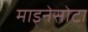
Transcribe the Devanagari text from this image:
माइनेसोटा